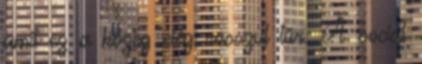
amit ez a közeg elég rosszul tűr. A social